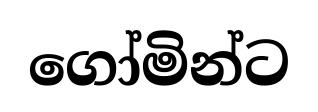
ගෝමින්ට